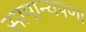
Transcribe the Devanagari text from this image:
सामान्यपणा